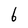
Character: 6